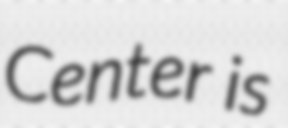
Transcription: Center is